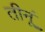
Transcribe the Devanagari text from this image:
तीनूं